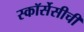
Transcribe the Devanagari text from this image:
स्कॉर्सेसीची